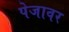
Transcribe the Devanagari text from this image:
पेजावर